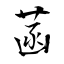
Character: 菡